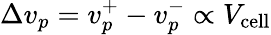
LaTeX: \Delta v_{p}=v_{p}^{+}-v_{p}^{-}\propto V_{\mathrm{cell}}